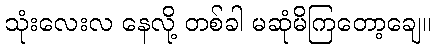
သုံးလေးလ နေလို့ တစ်ခါ မဆုံမိကြတော့ချေ။